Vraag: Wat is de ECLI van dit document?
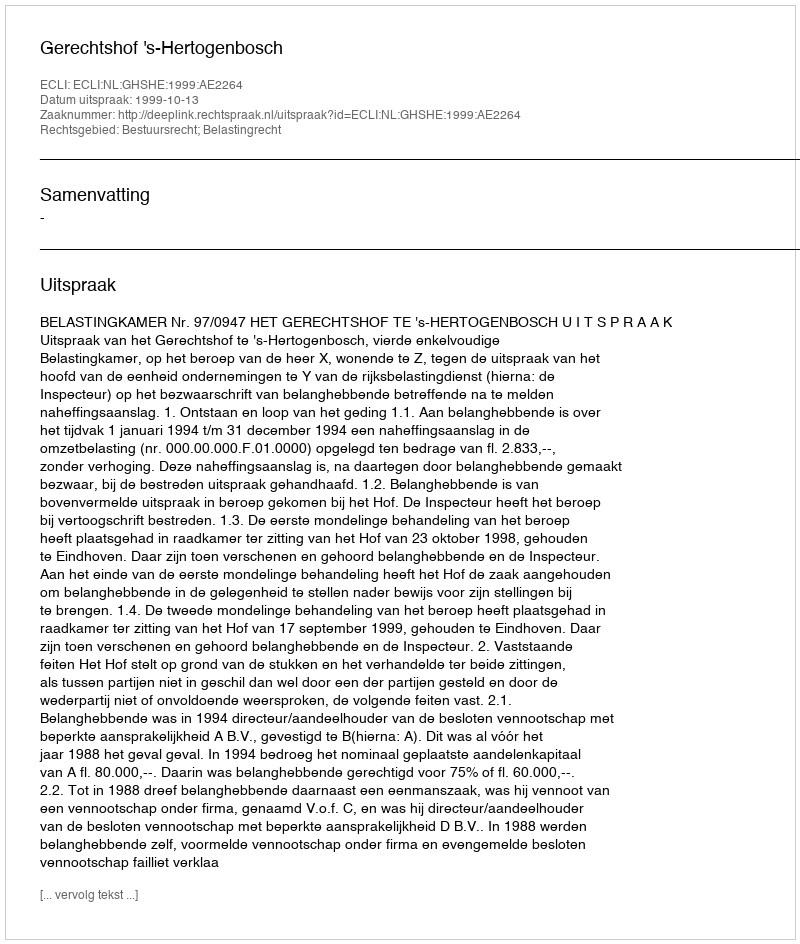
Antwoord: ECLI:NL:GHSHE:1999:AE2264